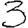
Digit: 3